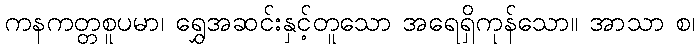
ကနကတ္တစူပမာ၊ ရွှေအဆင်းနှင့်တူသော အရေရှိကုန်သော။ အာသာ စ၊